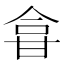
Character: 𱰖